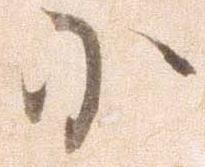
小